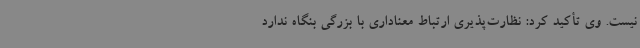
نیست. وی تأکید کرد: نظارت‌پذیری ارتباط معناداری با بزرگی بنگاه ندارد